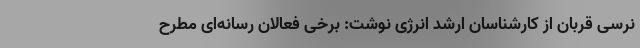
نرسی قربان از کارشناسان ارشد انرژی نوشت: برخی فعالان رسانه‌ای مطرح